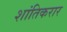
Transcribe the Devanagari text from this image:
शांतिकरार